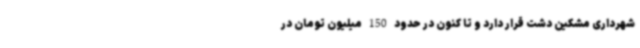
شهرداری مشکین دشت قرار دارد و تا کنون در حدود 150 میلیون تومان در